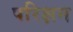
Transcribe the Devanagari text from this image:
परिक्षन